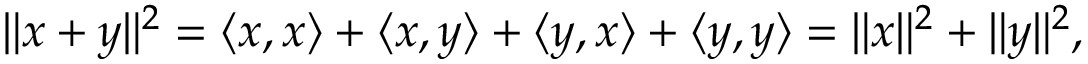
\| x + y \| ^ { 2 } = \langle x , x \rangle + \langle x , y \rangle + \langle y , x \rangle + \langle y , y \rangle = \| x \| ^ { 2 } + \| y \| ^ { 2 } ,